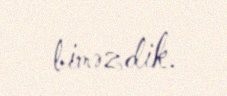
biməzdik.